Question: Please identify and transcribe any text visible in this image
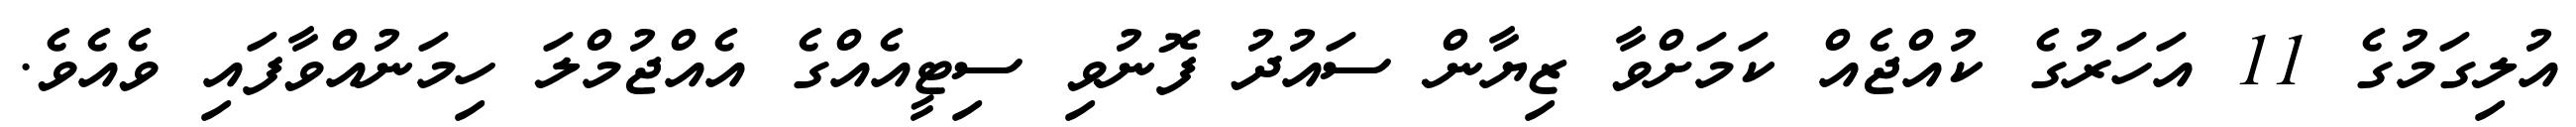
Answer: އުލިގަމުގެ 11 އަހަރުގެ ކުއްޖެއް ކަމަށްވާ ޒިޔާން ސައުދު ފޮނުވި ސިޓީއެއްގެ އެއްޖުމްލަ ހިމަނުއްވާފައި ވެއެވެ.